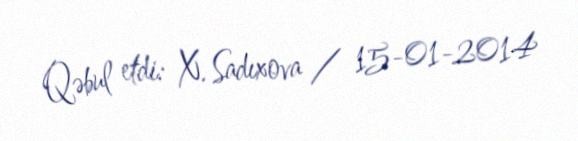
Qəbul etdi: X. Sadıxova / 15-01-2014